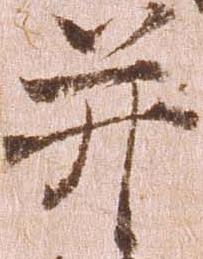
并